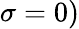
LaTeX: \sigma=0)